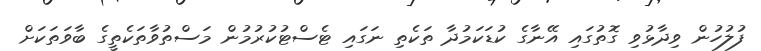
ފުލުހުން ވިދާޅުވި ގޮތުގައި އޭނާގެ ކުޑަކަމުދާ ތަކެތި ނަގައި ޓެސްޓުކުރުމުން މަސްތުވާތަކެތީގެ ބާވަތަކަށް